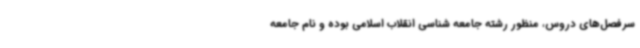
سرفصل‌های دروس، منظور رشته جامعه شناسی انقلاب اسلامی بوده و نام جامعه